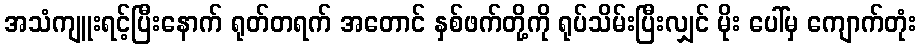
အသံကျူးရင့်ပြီးနောက် ရုတ်တရက် အတောင် နှစ်ဖက်တို့ကို ရုပ်သိမ်းပြီးလျှင် မိုး ပေါ်မှ ကျောက်တုံး